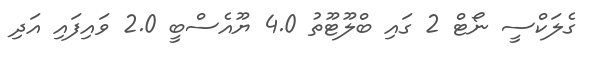
ގެލަކްސީ ނޯޓް 2 ގައި ބްލޫޓޫތު 4.0 ޔޫއެސްބީ 2.0 ވައިފައި އަދި